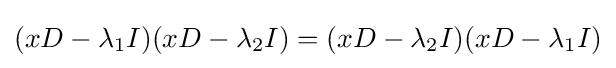
(xD-\lambda _{1}I)(xD-\lambda _{2}I)=(xD-\lambda _{2}I)(xD-\lambda _{1}I)